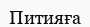
Питияға